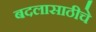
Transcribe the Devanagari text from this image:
बदलासाठीचे